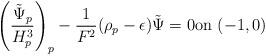
LaTeX: \begin{align*} \left ( \dfrac{\tilde{\Psi}_p}{H^{3}_p} \right)_p -\dfrac{1}{F^2}(\rho_p -\epsilon)\tilde{\Psi}=0 \textrm{on } (-1,0) \end{align*}